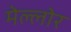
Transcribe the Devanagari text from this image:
मेल्लोर